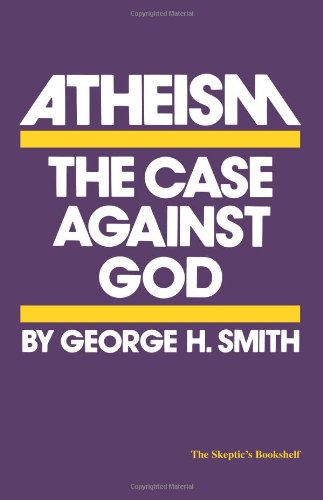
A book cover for Atheism: The Case Against God (The Skeptic's Bookshelf); George H. Smith; Religion & Spirituality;